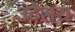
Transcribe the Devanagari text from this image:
उदेशय